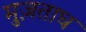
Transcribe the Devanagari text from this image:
मुज़ताघ